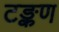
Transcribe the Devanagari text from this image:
टङ्कण